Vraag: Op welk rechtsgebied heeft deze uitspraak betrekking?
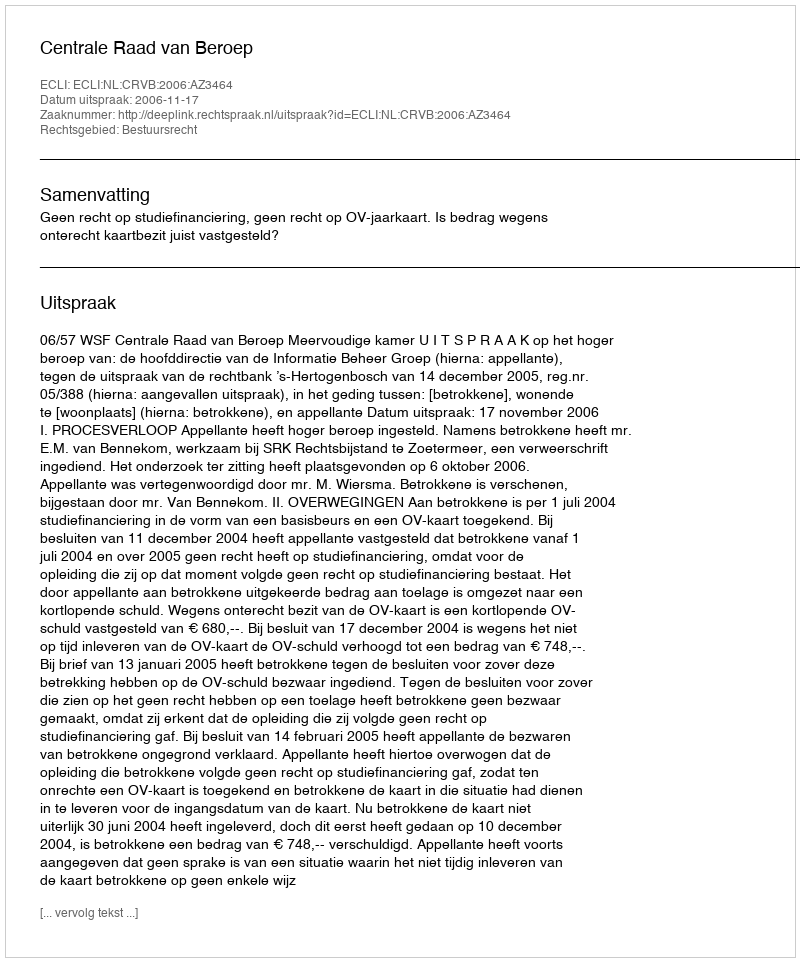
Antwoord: Bestuursrecht